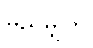
မည်မျှကို